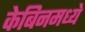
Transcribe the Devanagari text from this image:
केबिनमध्ये